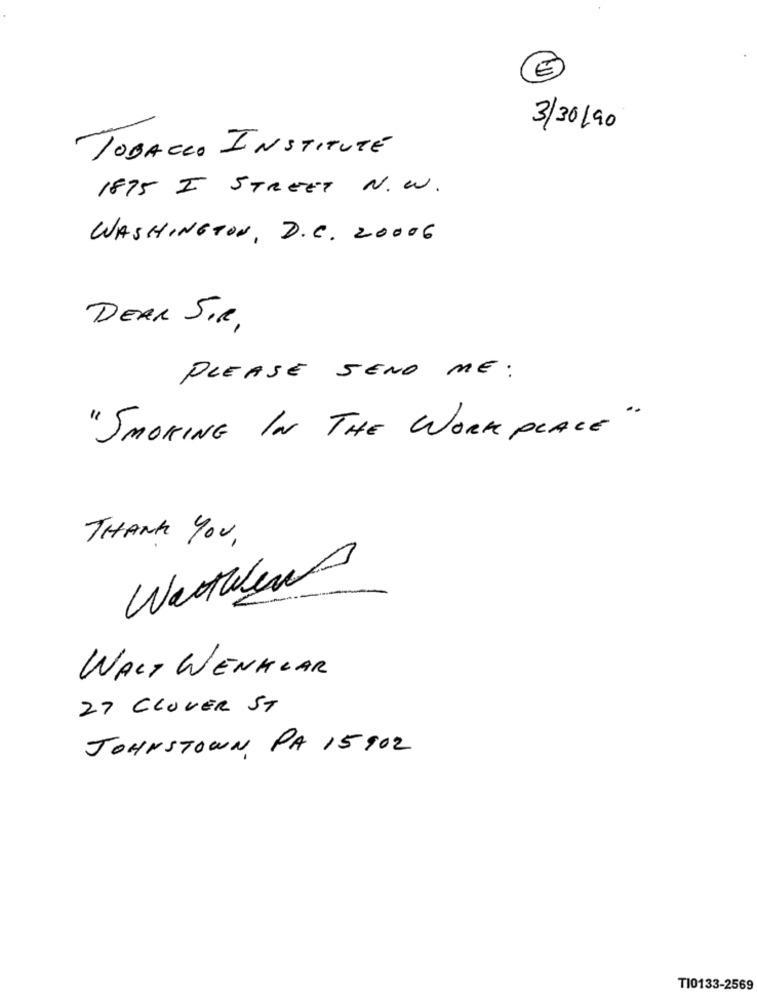
E
3/30/90
TOBACCO INSTITU
1875 I STREET N.W.
WASHINGTON, D.C. 20006
DEAR SIR,
PLEASE SEND ME:
" SMOKING IN THE WORK PLACE "
THANK YOU,
Watwwws
WALT WENKLAR
27 CLOVER ST
JOHNSTOWN PA 15902
TI0133-2569